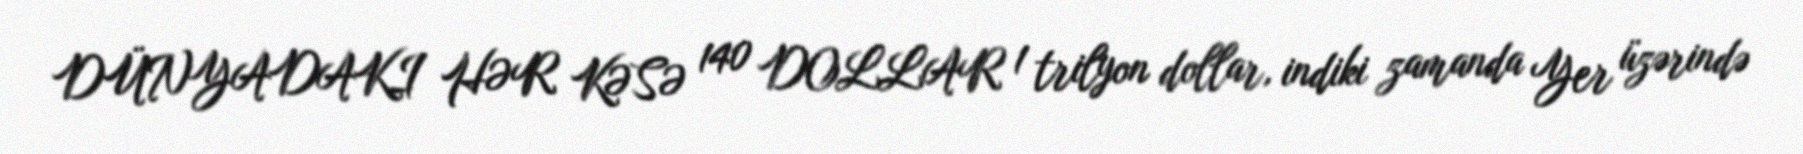
DÜNYADAKI HƏR KƏSƏ 140 DOLLAR 1 trilyon dollar, indiki zamanda Yer üzərində